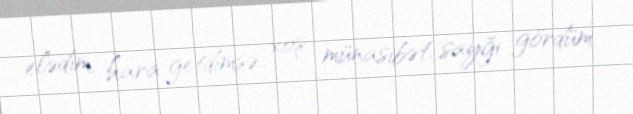
elədim, hara getdimsə xoş münasibət, sayğı gördüm.